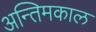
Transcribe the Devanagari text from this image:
अन्तिमकाल